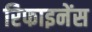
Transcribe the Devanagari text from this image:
रिफाइनेंस